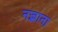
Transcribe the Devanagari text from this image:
नज़्राना